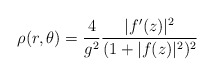
\begin{align*}\rho(r,\theta)=\frac4{g^2}\frac{|f'(z)|^2}{(1+|f(z)|^2)^2}\end{align*}